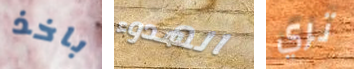
باخذ الهدوء تري